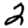
Digit: 2